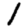
Digit: 1